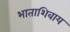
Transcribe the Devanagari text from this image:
भाताशिवाय